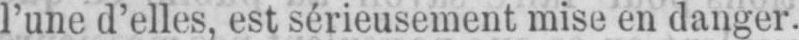
l’une d’elles, est sérieusement mise en danger.